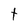
Character: t